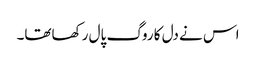
اس نے دل کا روگ پال رکھاتھا۔